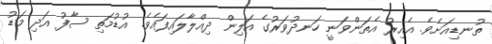
ތުނޑިއަށެވެ. އެއިރު އެތަންވަނީ ހަނދުވަރުގެ އަލިން ދިއްލާލައިފައެވެ. އުޑުމަތި ސާފު އަދި މަޑު